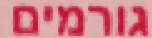
גורמים